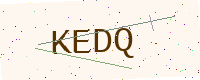
Text: KEDQ